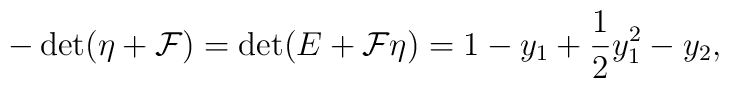
-\det(\eta+{\cal F}) = \det(E+{\cal F}\eta) = 1-y_1+\frac12y_1^2-y_2,